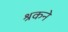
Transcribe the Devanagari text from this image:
श्रकने